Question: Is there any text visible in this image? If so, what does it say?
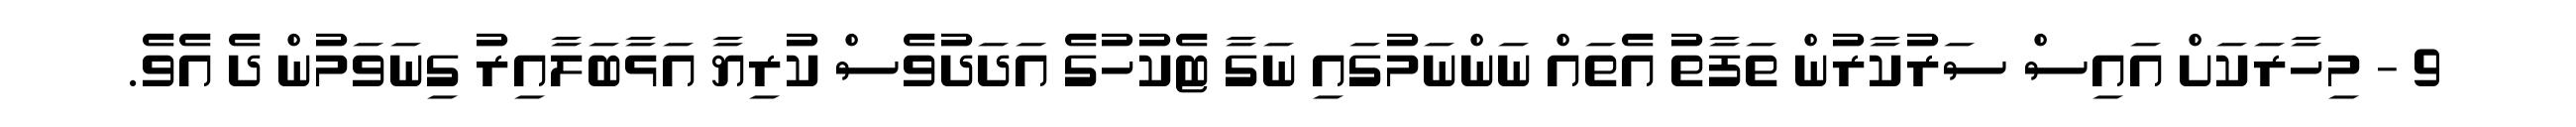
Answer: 9 - މިހާރަކަށް އައިސް ސަރުކާރުން ތަފާތު އެތައް ނަންނަމުގައި ނަގާ ޓެކުހުގެ އަދަދުވެސް ކުރިޔާ އަޅާބަލާއިރު ގިނަވަމުން ދެ އެވެ.